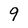
Character: 9